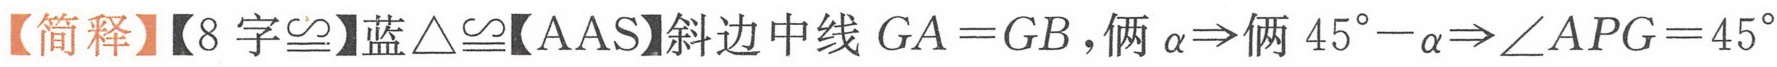
【简释】【8 字$\cong$】蓝$\triangle\cong$【AAS】斜边中线 \(GA = GB\)，俩 \(\alpha\Rightarrow\)俩 \(45^{\circ}-\alpha\Rightarrow\angle APG = 45^{\circ}\)